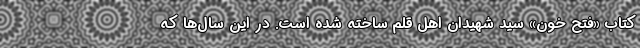
کتاب «فتح خون» سید شهیدان اهل قلم ساخته شده است. در این سال‌ها که